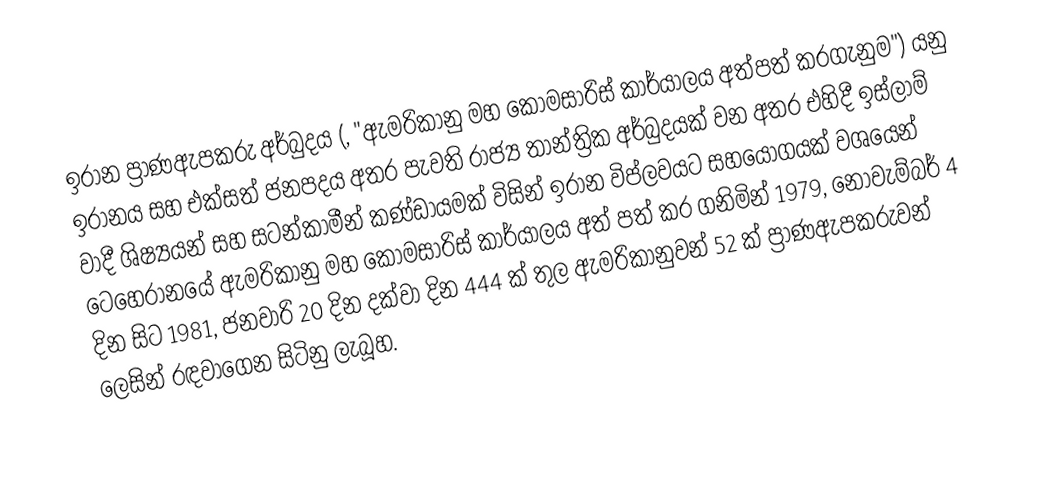
ඉරාන ප්‍රාණඇපකරු අර්බුදය (, "ඇමරිකානු මහ කොමසාරිස් කාර්යාලය අත්පත් කරගැනුම") යනු ඉරානය සහ එක්සත් ජනපදය අතර පැවති රාජ්‍ය තාන්ත්‍රික අර්බුදයක් වන අතර එහිදී ඉස්ලාම් වාදී  ශිෂ්‍යයන් සහ සටන්කාමීන් කණ්ඩායමක් විසින් ඉරාන විප්ලවයට සහයෝගයක් වශයෙන් ටෙහෙරානයේ ඇමරිකානු මහ කොමසාරිස් කාර්යාලය අත් පත් කර ගනිමින් 1979, නොවැම්බර් 4 දින සිට 1981, ජනවාරි 20 දින දක්වා  දින 444 ක් තුල ඇමරිකානුවන් 52 ක් ප්‍රාණඇපකරුවන් ලෙසින් රඳවාගෙන සිටිනු ලැබූහ.